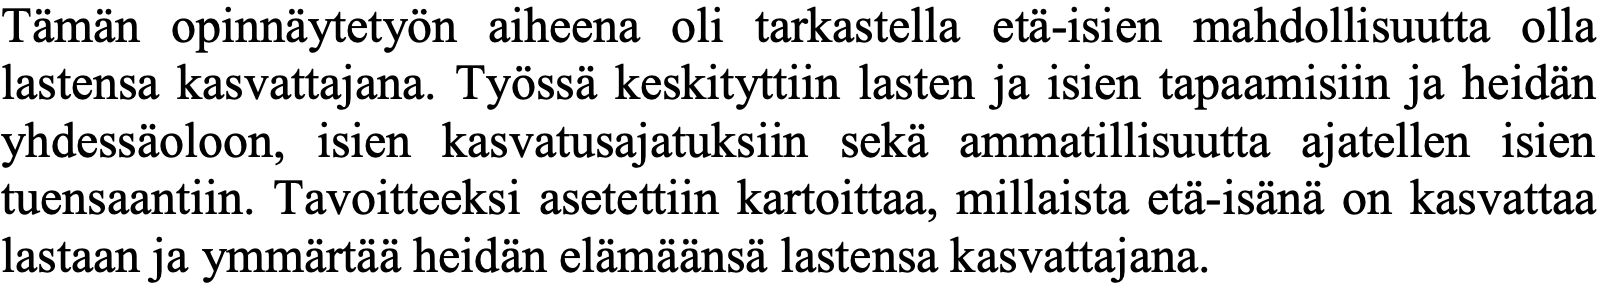
Tämän opinnäytetyön aiheena oli tarkastella etä-isien mahdollisuutta olla lastensa kasvattajana. Työssä keskityttiin lasten ja isien tapaamisiin ja heidän yhdessäoloon, isien kasvatusajatuksiin sekä ammatillisuutta ajatellen isien tuensaantiin. Tavoitteeksi asetettiin kartoittaa, millaista etä-isänä on kasvattaa lastaan ja ymmärtää heidän elämäänsä lastensa kasvattajana.